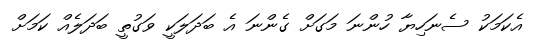
އެކަމަކު ސެނަހިޔާ ހުންނަ މަގަށް ގެންނަ އެ ބަދަލަކީ ވަގުތީ ބަދަލެއް ކަމަށް